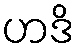
ဟဒိ